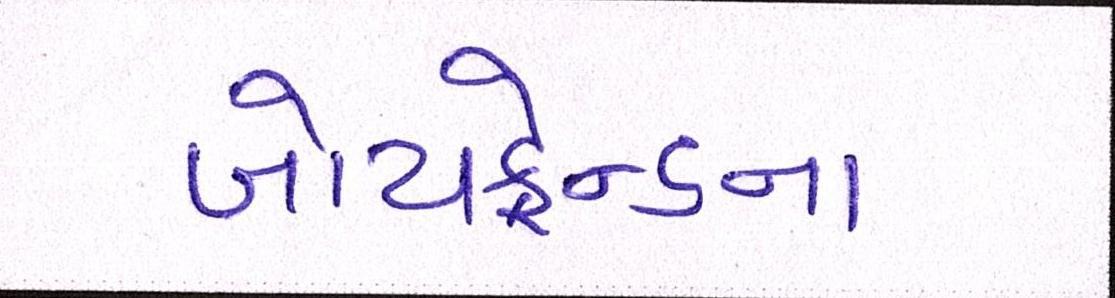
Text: બોયફ્રેન્ડના